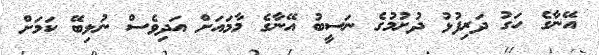
އޭނާގެ ހަގު ދަރިފުޅު ދުށުމުގެ ނަސީބު އޭނާގެ މާމައަށް އަދިވެސް ނުލިބޭ ކަމަށް